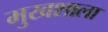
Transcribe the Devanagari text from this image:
मुखशाला